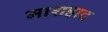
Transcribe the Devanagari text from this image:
माशहाद